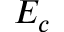
E _ { c }